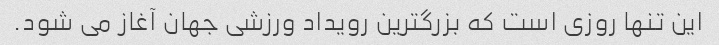
این تنها روزی است که بزرگترین رویداد ورزشی جهان آغاز می شود.